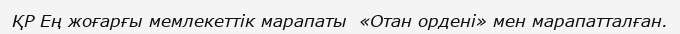
ҚР Ең жоғарғы мемлекеттік марапаты  «Отан ордені» мен марапатталған.